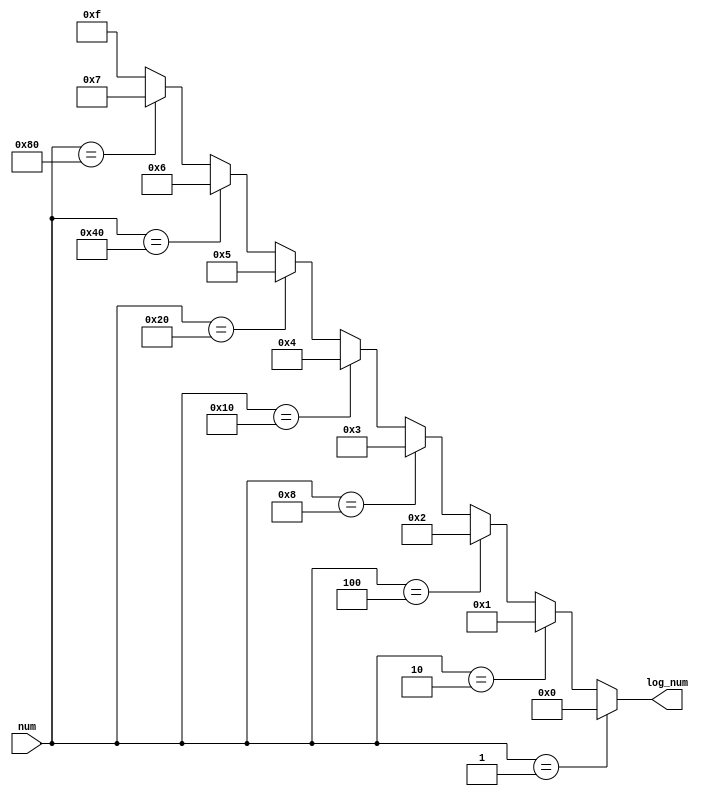
module log(
    input [7:0]num,

    output wire [3:0]log_num
);

assign log_num = num == 8'b00000001 ? 0 :
                 num == 8'b00000010 ? 1 :
                 num == 8'b00000100 ? 2 :
                 num == 8'b00001000 ? 3 :
                 num == 8'b00010000 ? 4 :
                 num == 8'b00100000 ? 5 :
                 num == 8'b01000000 ? 6 :
                 num == 8'b10000000 ? 7 :
                 -1;
                    
endmodule